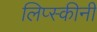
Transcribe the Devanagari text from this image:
लिप्स्कीनी